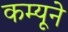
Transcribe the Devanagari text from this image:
कम्यूने